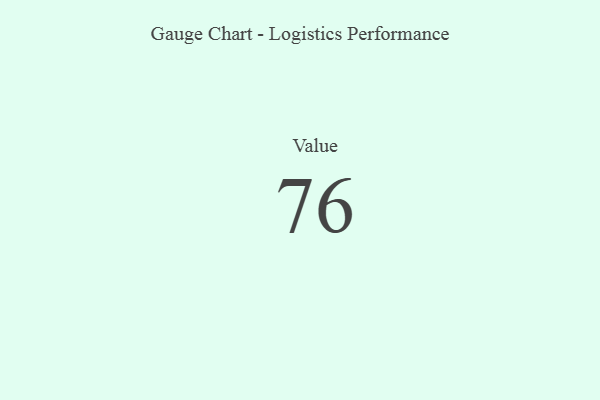
{"axis": {"x": "Metric", "y": "Value"}, "legend": [""], "data": [{"x": "Value", "y": 76, "type": ""}]}